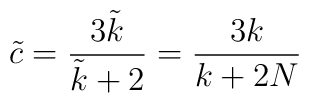
\tilde{c}=\frac{3\tilde{k}}{\tilde{k}+2} = \frac{3k}{k+2N}